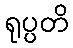
ရုပ္ပတိ